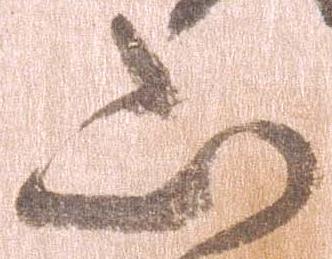
山